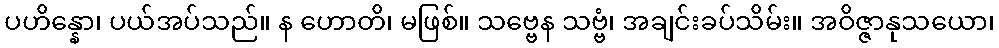
ပဟိန္နော၊ ပယ်အပ်သည်။ န ဟောတိ၊ မဖြစ်။ သဗ္ဗေန သဗ္ဗံ၊ အချင်းခပ်သိမ်း။ အဝိဇ္ဇာနုသယော၊